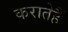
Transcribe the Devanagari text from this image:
करातेहैं